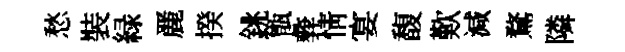
愁裝緑䴡揆銚甑彜情宴馥歎減鶩隣